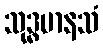
သုဒ္ဓမာနသံ